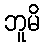
ဘူမိ